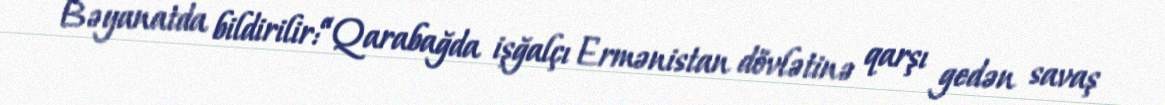
Bəyanatda bildirilir:“Qarabağda işğalçı Ermənistan dövlətinə qarşı gedən savaş